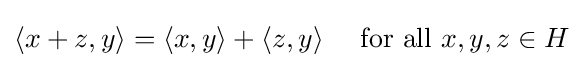
\langle x+z,y\rangle =\langle x,y\rangle +\langle z,y\rangle \quad {\text{ for all }}x,y,z\in H